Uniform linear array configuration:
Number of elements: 16
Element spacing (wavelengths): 0.75
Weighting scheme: exponential
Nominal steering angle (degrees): -15
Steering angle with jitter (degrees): -15.787
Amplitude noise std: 0.05
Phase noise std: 0.05

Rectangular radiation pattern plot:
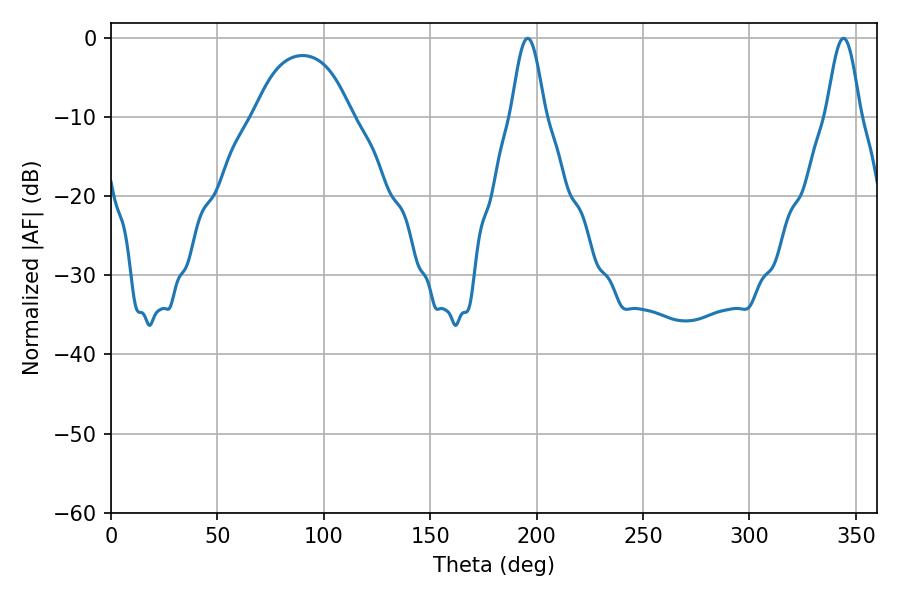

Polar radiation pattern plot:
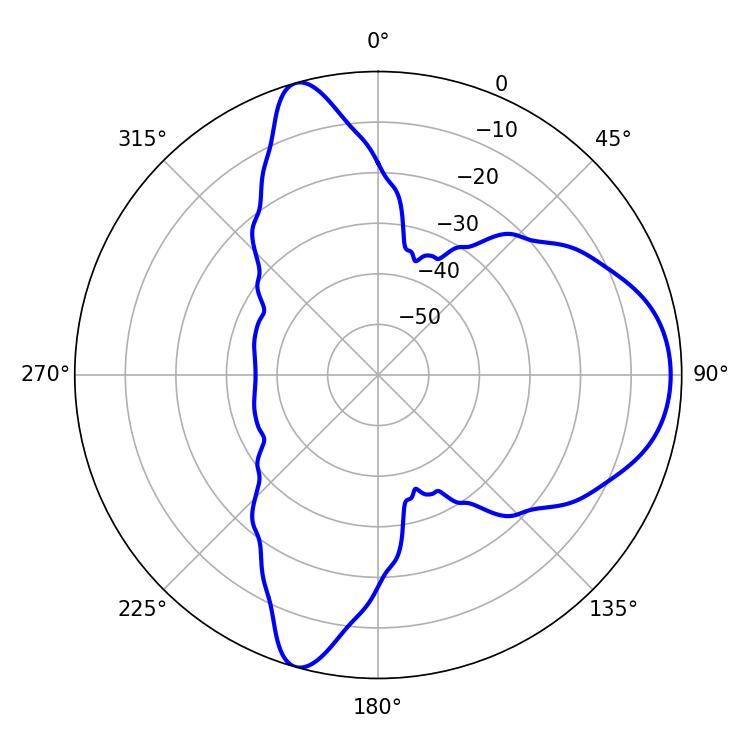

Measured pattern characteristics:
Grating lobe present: TRUE
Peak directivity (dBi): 9.049
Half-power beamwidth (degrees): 8.46
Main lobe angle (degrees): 195.84